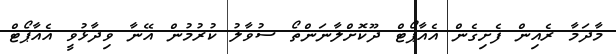
މާދަމާ ރެއިން ފެށިގެން އެއާޕޯޓް ދޫކޮށްލާނަންތޯ ސުވާލު ކުރުމުން އޭނާ ވިދާޅުވީ އެއާޕޯޓް